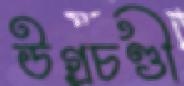
উগ্রচণ্ডী